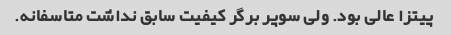
پیتزا عالی بود. ولی سوپر برگر کیفیت سابق نداشت متاسفانه.